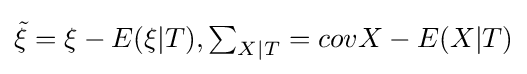
{\tilde {\xi }}=\xi -E(\xi |T),\textstyle \sum _{X|T}\displaystyle =cov{X-E(X|T)}